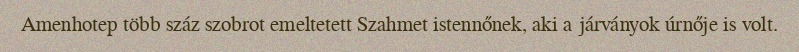
Amenhotep több száz szobrot emeltetett Szahmet istennőnek, aki a járványok úrnője is volt.